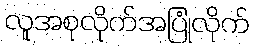
လူအစုလိုက်အပြုံလိုက်